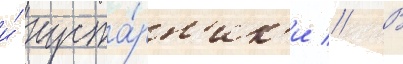
и́ куста́рн'ик'и // В